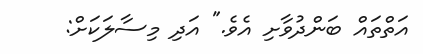
އަތްތައް ބަންދުވާށި އެވެ." އަދި މިސާލަކަށް: